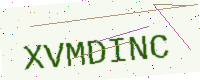
Text: XVMDINC